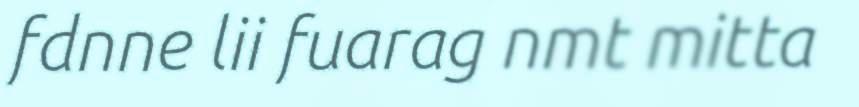
fdnne lii fuarag nmt mitta